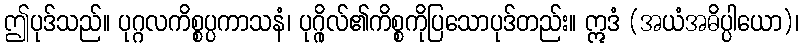
ဤပုဒ်သည်။ ပုဂ္ဂလကိစ္စပ္ပကာသနံ၊ ပုဂ္ဂိုလ်၏ကိစ္စကိုပြသောပုဒ်တည်း။ ဣဒံ (အယံအဓိပ္ပါယော)၊